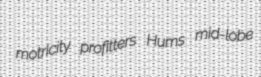
motricity profitters Hums mid-lobe